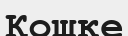
Қошке